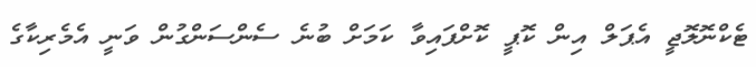
ޓެކްނޮލޮޖީ އެޕަލް އިން ކޮޕީ ކޮށްފައިވާ ކަމަށް ބުނެ ސެންސަންގުން ވަނީ އެމެރިކާގެ